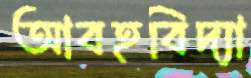
আবহবিদ্যা